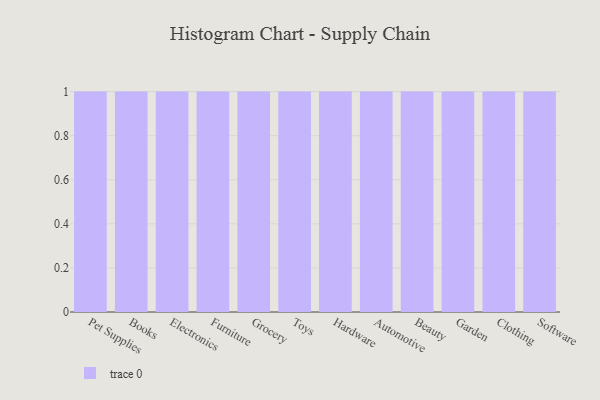
{"axis": {"x": "Category", "y": "Humidity (%)"}, "legend": [""], "data": [{"x": "Pet Supplies", "y": 62, "type": ""}, {"x": "Books", "y": 10, "type": ""}, {"x": "Electronics", "y": 56, "type": ""}, {"x": "Furniture", "y": 43, "type": ""}, {"x": "Grocery", "y": 85, "type": ""}, {"x": "Toys", "y": 68, "type": ""}, {"x": "Hardware", "y": 35, "type": ""}, {"x": "Automotive", "y": 54, "type": ""}, {"x": "Beauty", "y": 70, "type": ""}, {"x": "Garden", "y": 43, "type": ""}, {"x": "Clothing", "y": 91, "type": ""}, {"x": "Software", "y": 29, "type": ""}]}